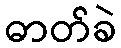
ဓာတ်ခဲ